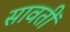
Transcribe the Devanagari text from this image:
सावतीं